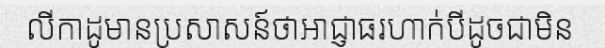
លីកាដូមានប្រសាសន៍ថាអាជ្ញាធរហាក់បីដូចជាមិន